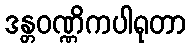
ဒန္တဝဏ္ဏိကပါရုတာ